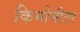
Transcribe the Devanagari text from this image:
किमोमीटर